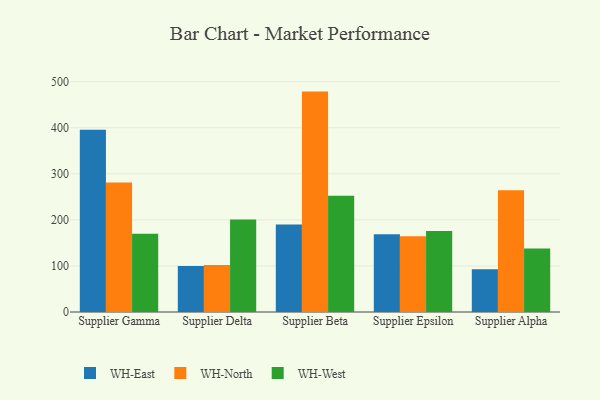
{"axis": {"x": "Supplier", "y": "Satisfaction Score"}, "legend": ["WH-East", "WH-North", "WH-West"], "data": [{"x": "Supplier Gamma", "y": 395.6, "type": "WH-East"}, {"x": "Supplier Gamma", "y": 281.1, "type": "WH-North"}, {"x": "Supplier Gamma", "y": 170.0, "type": "WH-West"}, {"x": "Supplier Delta", "y": 100.1, "type": "WH-East"}, {"x": "Supplier Delta", "y": 102.2, "type": "WH-North"}, {"x": "Supplier Delta", "y": 200.7, "type": "WH-West"}, {"x": "Supplier Beta", "y": 190.0, "type": "WH-East"}, {"x": "Supplier Beta", "y": 478.5, "type": "WH-North"}, {"x": "Supplier Beta", "y": 252.2, "type": "WH-West"}, {"x": "Supplier Epsilon", "y": 168.7, "type": "WH-East"}, {"x": "Supplier Epsilon", "y": 164.4, "type": "WH-North"}, {"x": "Supplier Epsilon", "y": 175.6, "type": "WH-West"}, {"x": "Supplier Alpha", "y": 92.7, "type": "WH-East"}, {"x": "Supplier Alpha", "y": 264.5, "type": "WH-North"}, {"x": "Supplier Alpha", "y": 138.1, "type": "WH-West"}]}